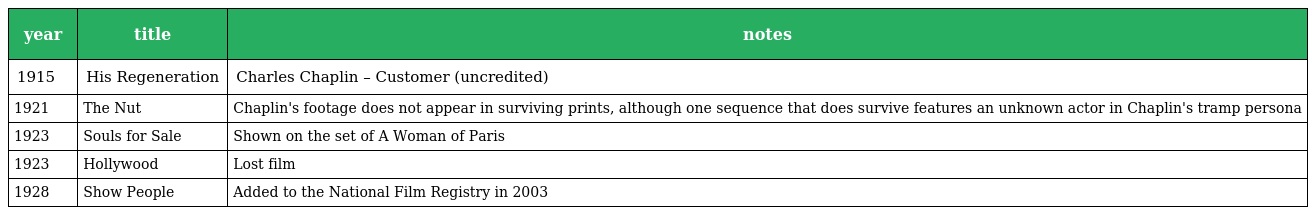
| year | title | notes |
 | --- | --- | --- |
 | 1915 | His Regeneration | Charles Chaplin – Customer (uncredited) |
 | 1921 | The Nut | Chaplin's footage does not appear in surviving prints, although one sequence that does survive features an unknown actor in Chaplin's tramp persona |
 | 1923 | Souls for Sale | Shown on the set of A Woman of Paris |
 | 1923 | Hollywood | Lost film |
 | 1928 | Show People | Added to the National Film Registry in 2003 |